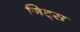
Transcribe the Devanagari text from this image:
गिट्स